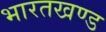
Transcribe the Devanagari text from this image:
भारतखण्ड